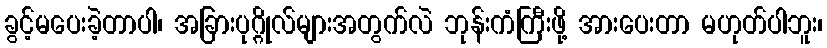
ခွင့်မပေးခဲ့တာပါ၊ အခြားပုဂ္ဂိုလ်များအတွက်လဲ ဘုန်းကံကြီးဖို့ အားပေးတာ မဟုတ်ပါဘူး၊